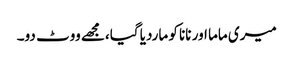
میری ماما اور نانا کو ماردیا گیا،مجھے ووٹ دو۔